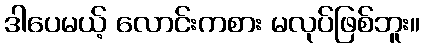
ဒါပေမယ့် လောင်းကစား မလုပ်ဖြစ်ဘူး။